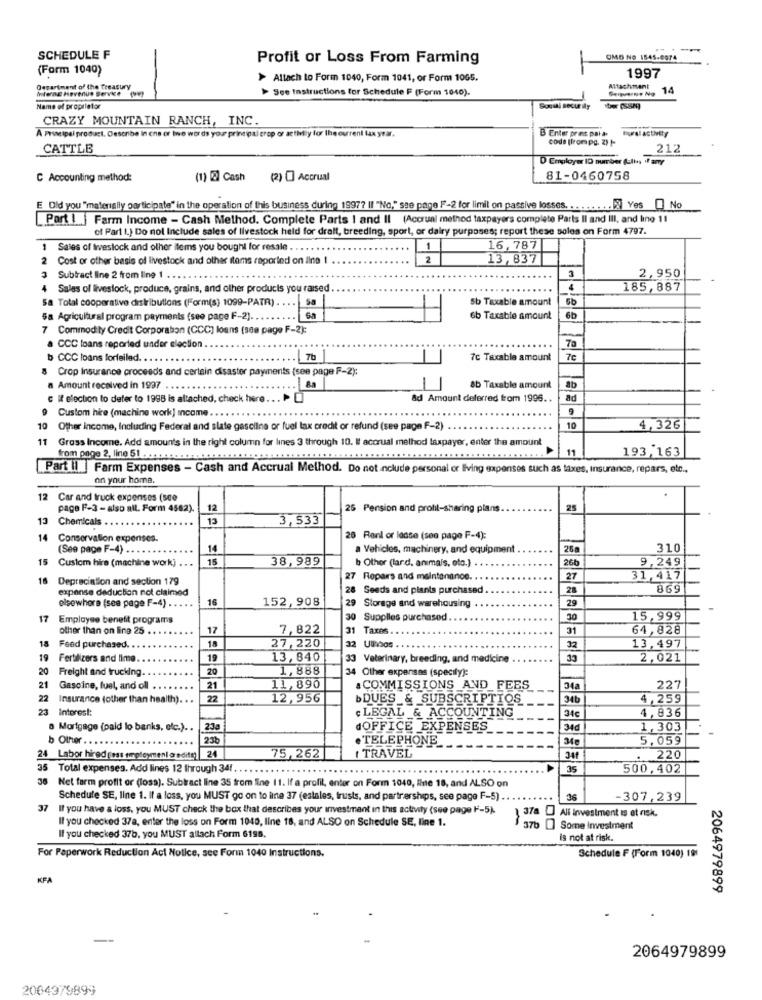
---
SCHEDULE F
Profit or Loss From Farming
OMO NO 1545-6074
(Form 1040)
> Altach to Form 1040, Form 1041, or Form 10G5.
1997
Desartment of the Treasury
Interne Havenus Servie
>> See Instructions for Schedule F (Form 1040).
Alfachmant
14
Name of proprietor
Social security
CRAZY MOUNTAIN RANCH, INC
A Principal product. Describe in one or two words your principal crop or activity for the current tax yrar.
B Enter prent pal a.
Bursl activity
code [from pc. 2) 1-
CATTLE
212
D Employer ID number (ulin if any
C Accounting method:
(1) 2 Cash
(2) O Accrual
81-0460758
E Old you "materially participate" in the operation of this business during 1997? Il "No," sse page F-2 for limit on passive losses .......... Yes . No
Port! | Farm Income - Cash Method. Complete Parts I and II (Accrual method taxpayers complete Parts Il and III, and line 11
of Part I.) Do not Include sales of livestock held for draft, breeding, sport, or dairy purposes; report these soles on Form 4797.
1
1 Sales of Irvestock and other items you bought for resale
1
16,787
Cost or other basis of livestock and other items reported on line 1
2
13,837
3
Subtract line 2 from ling 1 .
3
2,950
Salas of livestock, produce, grains, and other products you raised
4
185,887
Sa Total cooperative distributions (Form(s) 1099-PATR) .
Sb Taxable amount
5b
5a Agricultural program payments (see page F-2) .....
6b Taxable amount
6b
7 Commodity Credit Corporaban (CCC) loans (see page F-2):
a CCC loans reported under election .
70
b CCC loans forfeiled. .
7b
7c Taxable amount
7e
Crop Insurance proceeds and certain disaster payments (see page F-2):
a Amount received in 1997
&b Taxable amount
c If election to defer to 1998 is altached, check here ... ..
&d Amount delerred from 1996 ..
ad
Custom hire (machine work] income
9
10 Other income, Including Federal and slate gascilne or fuel tax credit or refund (see page F-2)
10
4,326
11 Gross Income. Add amounts in the right column for lines 3 through 10. I accrual method taxpayer, enter the amount
11
193,163
from page 2, line 51 ..
Part il | Farm Expenses - Cash and Accrual Method. Do not include personal or living expenses such as taxes, insurance, repars, etc .,
on your home.
12
Car and truck expenses (sce
page F-3 - also all. Form 4582).
12
25 Pension and profil-sharing plans.
25
13 Chemicals
13
3,533
14
Conservation expenses.
26 Renl or lasse (sea page F-4):
(See page F-4) ....
14
a Vehicles, machinery, and equipment
26a
310
15 Custom hire (machine work)
...
15
38,989
b Other (lard, animais, oto.)
26b
9,249
18
Depreciation and section 179
27 Repars and maintenance.
27
31,417
expense deduction not claimed
28 Seeds and plants purchased .
28
869
...
16
152,908
29
elsewhere (see page F-4) . .
29 Storage and warehousing
17
Employee benefit programs
30 Supplies purchased
30
15,999
other than on line 25 ..
17
7,822
31
Taxes.
31
64,828
18
18
32
Feed purchased. ..
27,220
32 Umhos .
13,497
19
Fertilizers and lime
19
13,840
33 Veterinary, breeding, and medicine
33
2,021
20
Freight and trucking ..
20
1,888
34 Other expenses (specily):
21
Gascine, fuel, and oll
21
11,890
& COMMISSIONS _AND_FEES
34a
227
22
Insurance (other than health). . .
22
12,956
bDUES & SUBSCRIPTIOS
34b
4,259
23
Interest:
: LEGAL & ACCOUNTING
4,836
34c
a Mortgage (paid lo banks, etc.). .
23a
dOFFICE EXPENSES
34d
1,303
b Other.
23b
·TELEPHONE
5,059
I TRAVEL
24 Labor hired (ess employment eredity) 24
75,262
341
220
35 Total expenses. Add lines 12 through 341.
35
500,402
36
Net farm profit or (loss). Subtract line 35 from Eine 11. If a profit, enter on Form 1040, Iinte 18, and ALSO on
Schedule SE, line 1. If a loss, you MUST go on to ilne 37 (estales, trusts, and partnerships, see page F-5) .
36
-307,239
37 Il you have a loss, you MUST check the box that describes your investment in this activity (see page F-5).
All Investment is at risk.
Il you checked 37a, enter the loss on Form 1040, line 18, and ALSO on Schedule SE, line 1.
370 [] Some Investment
If you checked 37b, you MUST allach Form 6198.
is not at risk.
For Paperwork Reduction Act Notice, see Form 1040 Instructions.
Schedule F (Form 1040) 191
KFA
2064979899
2064979899
2004979899